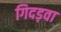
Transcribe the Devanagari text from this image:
गिदड़वा